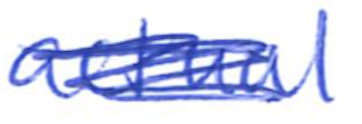
Text: actual
Cross-out: mix
Writing tool: ballpoint